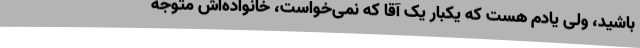
باشید، ولی یادم هست که یکبار یک آقا که نمی‌خواست، خانواده‌اش متوجه